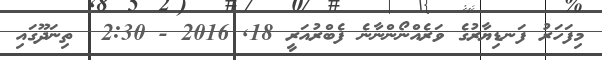
މިފަހަރު ފަނޑިޔާރުގެ ވަރެއްނޯންނާނެ ފެބްރުއަރީ 18